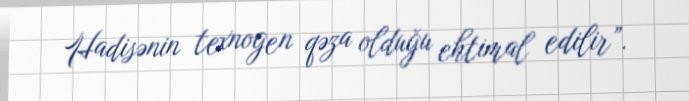
Hadisənin texnogen qəza olduğu ehtimal edilir”.